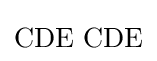
\mathrm {CDE\,\,CDE}